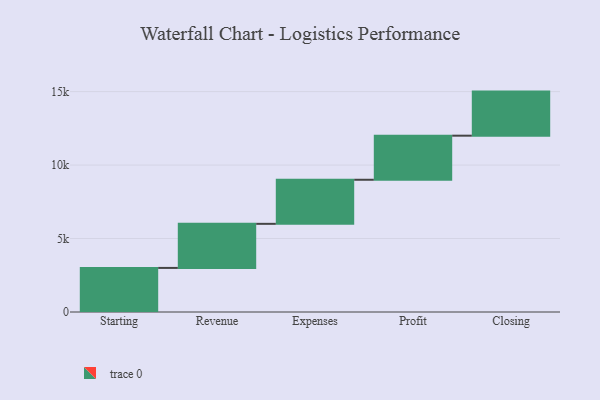
{"axis": {"x": "Step", "y": "Value"}, "legend": [""], "data": [{"x": "Starting", "y": 3000, "type": ""}, {"x": "Revenue", "y": 3000, "type": ""}, {"x": "Expenses", "y": 3000, "type": ""}, {"x": "Profit", "y": 3000, "type": ""}, {"x": "Closing", "y": 3000, "type": ""}]}